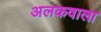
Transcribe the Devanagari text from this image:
अलकवाला